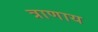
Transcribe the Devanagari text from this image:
त्राणाय